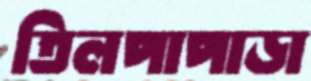
তিলপাপাড়া